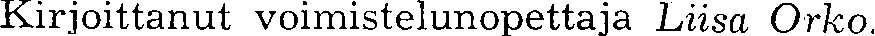
Kirjoittanut voimistelunopettaja Liisa Orko.